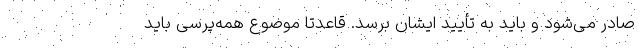
صادر می‌شود و باید به تأیید ایشان برسد. قاعدتاً موضوع همه‌پرسی باید